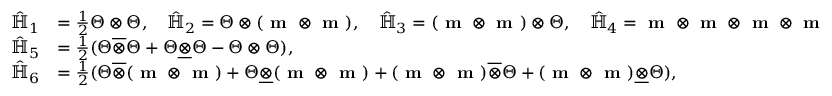
\begin{array} { r l } { \hat { \mathbb { H } } _ { 1 } } & { = \frac { 1 } { 2 } \boldsymbol { \Theta } \otimes \boldsymbol { \Theta } , \quad \hat { \mathbb { H } } _ { 2 } = \boldsymbol { \Theta } \otimes ( \textbf { m } \otimes \textbf { m } ) , \quad \hat { \mathbb { H } } _ { 3 } = ( \textbf { m } \otimes \textbf { m } ) \otimes \boldsymbol { \Theta } , \quad \hat { \mathbb { H } } _ { 4 } = \textbf { m } \otimes \textbf { m } \otimes \textbf { m } \otimes \textbf { m } } \\ { \hat { \mathbb { H } } _ { 5 } } & { = \frac { 1 } { 2 } ( \boldsymbol { \Theta } \overline { { \otimes } } \boldsymbol { \Theta } + \boldsymbol { \Theta } \underline { { \otimes } } \boldsymbol { \Theta } - \boldsymbol { \Theta } \otimes \boldsymbol { \Theta } ) , } \\ { \hat { \mathbb { H } } _ { 6 } } & { = \frac { 1 } { 2 } ( \boldsymbol { \Theta } \overline { { \otimes } } ( \textbf { m } \otimes \textbf { m } ) + \boldsymbol { \Theta } \underline { { \otimes } } ( \textbf { m } \otimes \textbf { m } ) + ( \textbf { m } \otimes \textbf { m } ) \overline { { \otimes } } \boldsymbol { \Theta } + ( \textbf { m } \otimes \textbf { m } ) \underline { { \otimes } } \boldsymbol { \Theta } ) , } \end{array}